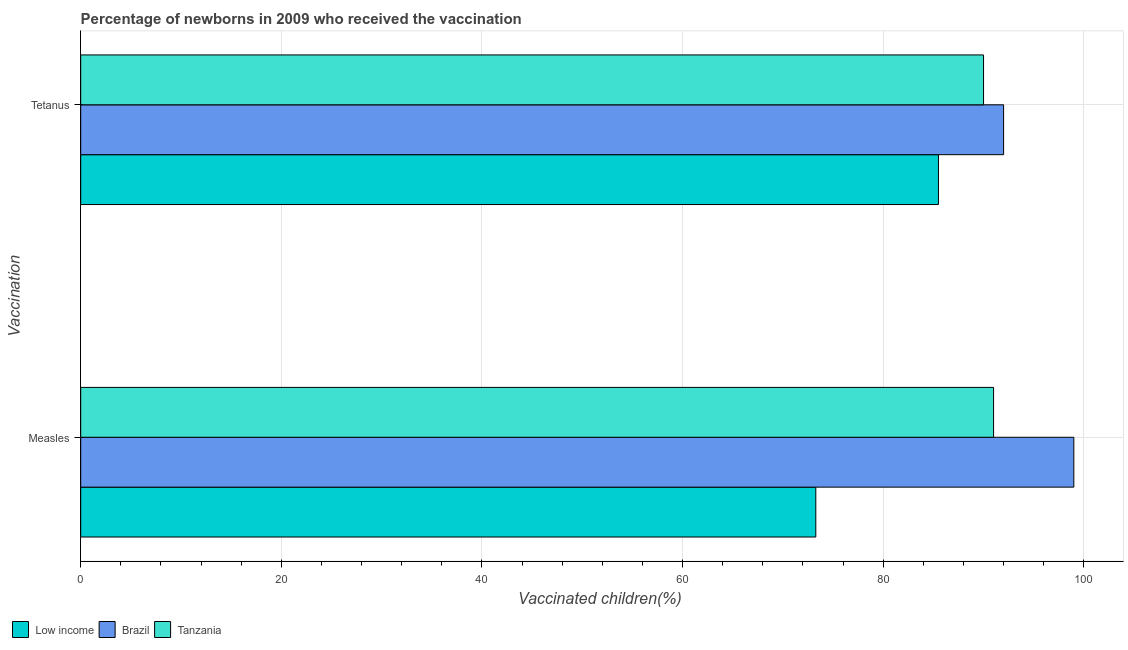
| Vaccination | Low income | Brazil | Tanzania |
 | --- | --- | --- | --- |
 | Measles | 73.3 | 99 | 91 |
 | Tetanus | 85.5 | 92 | 90 |